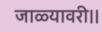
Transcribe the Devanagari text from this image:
जाळ्यावरी।।